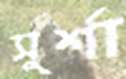
সুর্শা